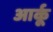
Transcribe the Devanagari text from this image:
आर्कू